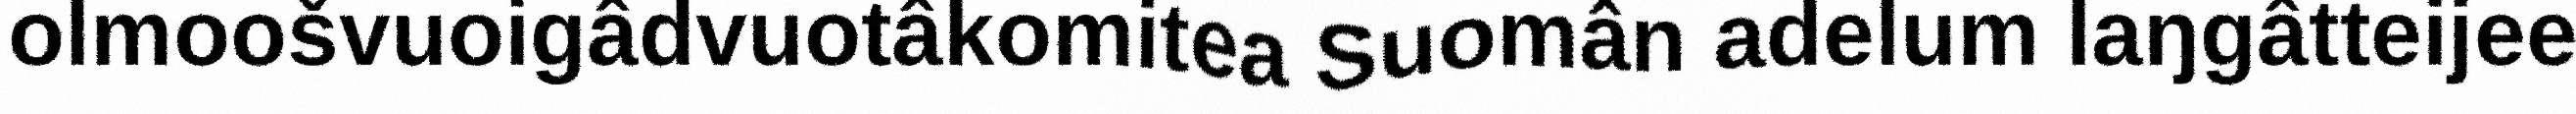
olmoošvuoigâdvuotâkomitea Suomân adelum laŋgâtteijee